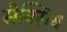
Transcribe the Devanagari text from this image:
सेक्सिय